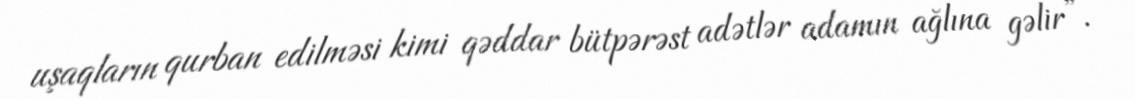
uşaqların qurban edilməsi kimi qəddar bütpərəst adətlər adamın ağlına gəlir”.